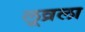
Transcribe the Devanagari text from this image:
लूव्रला